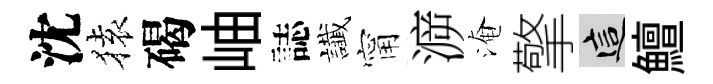
沈𫞤碣岫誌䜟甯㴑淹擎這鱣